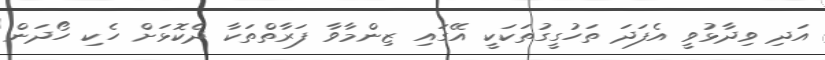
އަދި ވިދާޅުވީ އެފަދަ ތަހުގީގުތަކަކީ އޭގައި ޒިންމާވާ ފަރާތްތަކާ ދެކޮޅަށް ހެކި ހޯދަން